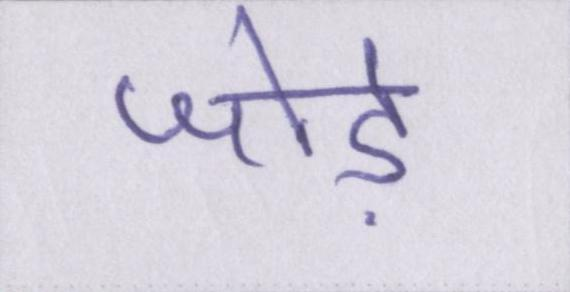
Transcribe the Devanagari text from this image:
जोड़े